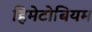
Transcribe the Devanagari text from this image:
हिमेटोबियम